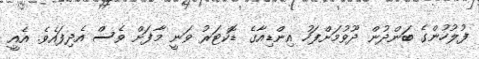
ފުލުހުންގެ ބަންދުން ދޫވުމަށްފަހު އިންޑިއާގެ ޑޮކްޓަރު ވަނީ މާފަށް ވެސް އެދިފައެވެ. އެއީ